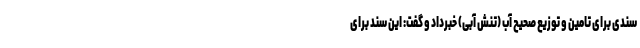
سندی برای تامین و توزیع صحیح آب (تنش آبی) خبرداد و گفت: این سند برای